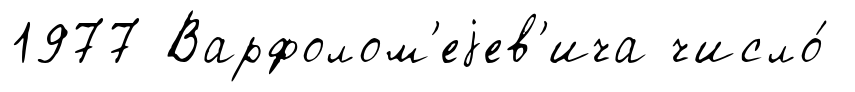
1977 Варфолом'еjев'ича число́